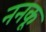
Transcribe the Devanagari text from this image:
ननकू